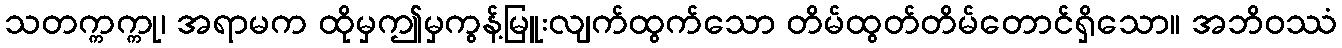
သတက္ကက္ကု၊ အရာမက ထိုမှဤမှကွန့်မြူးလျက်ထွက်သော တိမ်ထွတ်တိမ်တောင်ရှိသော။ အဘိဝဿံ